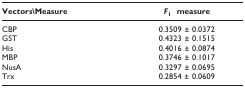
| Vectors\Measure | F1  measure |
 | --- | --- |
 | CBP | 0.3509 ± 0.0372 |
 | GST | 0.4323 ± 0.1515 |
 | His | 0.4016 ± 0.0874 |
 | MBP | 0.3746 ± 0.1017 |
 | NusA | 0.3297 ± 0.0695 |
 | Trx | 0.2854 ± 0.0609 |